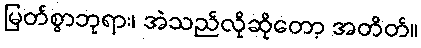
မြတ်စွာဘုရား၊ အဲသည်လိုဆိုတော့ အတိတ်။